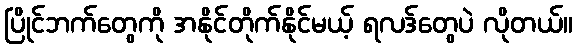
ပြိုင်ဘက်တွေကို အနိုင်တိုက်နိုင်မယ့် ရလဒ်တွေပဲ လိုတယ်။